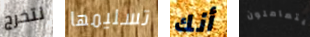
لتخرج تسليمها أنك يتعاملون